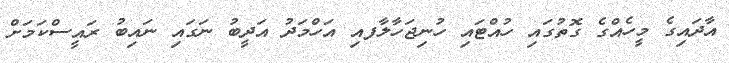
އާދައިގެ މީހެއްގެ ގޮތުގައި ހުއްޓައި ހުނިޖަހާލާފއި އަހްމަދު އަދީބު ނަގައި ނައިބު ރައީސްކަމަށް